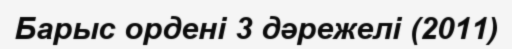
Барыс ордені 3 дәрежелі (2011)